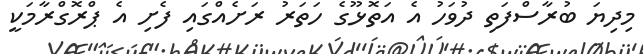
މިދިޔަ ބުރާސްފަތި ދުވަހު އެ އަތޮޅޫގެ ހަތަރު ރަށެއްގައި ފެށި އެ ޕްރޮގްރާމަކީ